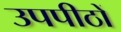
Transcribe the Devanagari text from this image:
उपपीठों